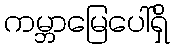
ကမ္ဘာမြေပေါ်ရှိ